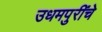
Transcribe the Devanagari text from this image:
उधमपुरींचे